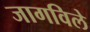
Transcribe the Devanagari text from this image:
जागविले